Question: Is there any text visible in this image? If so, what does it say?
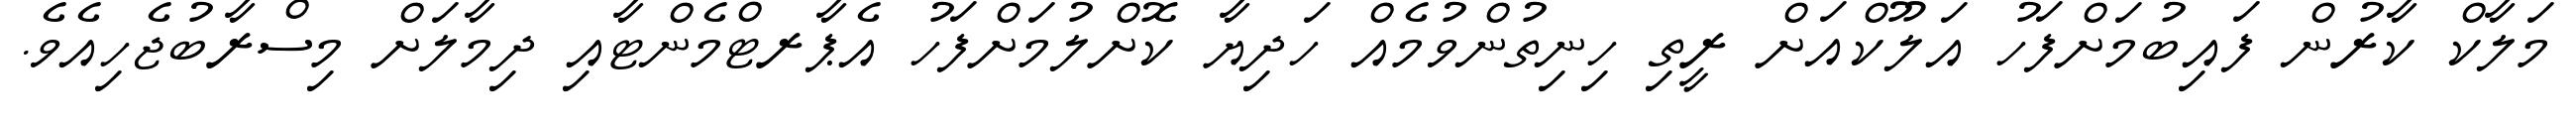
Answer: މަލާކް ކާރުން ފައިބުމަށްފަހު އަލޫކްއަށް ރީތި ހިނިތުންވުމެއް ހަދިޔާ ކޮށްލުމަށްފަހު އެޕާރޓްމެންޓާއި ދިމާލަށް މިސްރާބުޖެހިއެވެ.